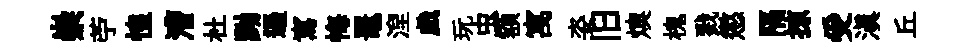
崇苧惶漕杜黝遏寫悔鼉湼戯玩虫額寓姿旧燠槐戮懲隔掠受滇丘